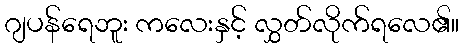
ဂျပန်ရေဘူး ကလေးနှင့် လွှတ်လိုက်ရလေ၏။